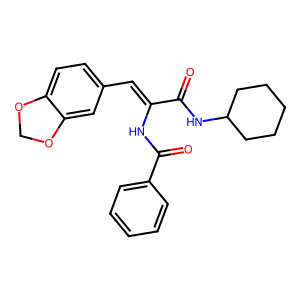
SMILES: O=C(NC1CCCCC1)C(=Cc1ccc2c(c1)OCO2)NC(=O)c1ccccc1
Inhibits HIV replication: No